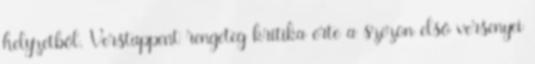
helyzetből. Verstappent rengeteg kritika érte a szezon első versenyei